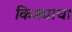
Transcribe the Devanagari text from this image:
किड्याचा